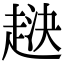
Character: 𧻯